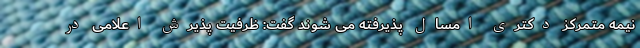
نیمه متمرکز دکتری امسال پذیرفته می شوند گفت: ظرفیت پذیرش اعلامی در